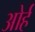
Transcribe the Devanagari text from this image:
ओर्ह